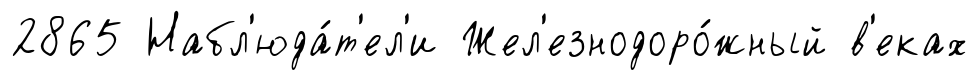
2865 Набл'юда́т'ел'и Жел'езнодоро́жный в'еках